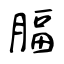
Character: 腷